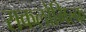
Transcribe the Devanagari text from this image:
सकलोमिल्क